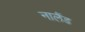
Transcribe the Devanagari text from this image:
नालैंड